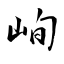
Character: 峋